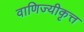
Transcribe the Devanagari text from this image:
वाणिज्यीकृत्त